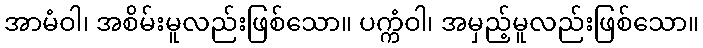
အာမံဝါ၊ အစိမ်းမူလည်းဖြစ်သော။ ပက္ကံဝါ၊ အမှည့်မူလည်းဖြစ်သော။